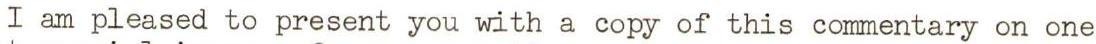
I am pleased to present you with a copy of this commentary on one